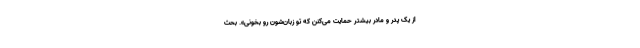
از یک پدر و مادر بیشتر حمایت می‌کنن که تو زبان‌شون رو بخونی». بحث